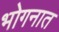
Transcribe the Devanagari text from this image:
भोगनात